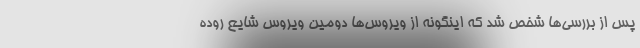
پس از بررسی‌ها شخص شد که اینگونه از ویروس‌ها دومین ویروس شایع روده